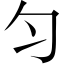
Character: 匀